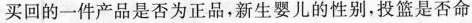
买回的一件产品是否为正品，新生婴儿的性别，投篮是否命